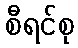
စီရင်စု